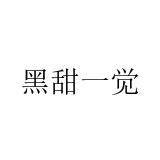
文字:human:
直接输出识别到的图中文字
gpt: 黑甜一觉